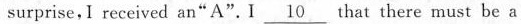
surprise, I received an "A". I \underline{10} that there must be a